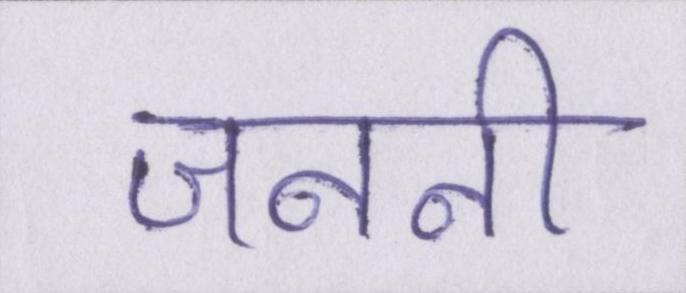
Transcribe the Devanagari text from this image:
जननी